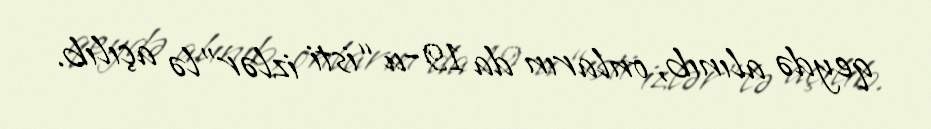
qeydə alınıb, onların da 19-u “isti izlər”lə açılıb.